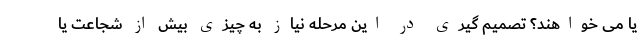
یا می خواهند؟ تصمیم گیری در این مرحله نیاز به چیزی بیش از شجاعت یا